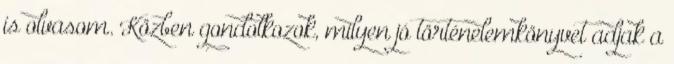
is olvasom. Közben gondolkozok, milyen jó történelemkönyvet adjak a